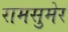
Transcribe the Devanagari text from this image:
रामसुमेर